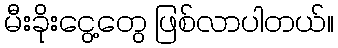
မီးခိုးငွေ့တွေ ဖြစ်လာပါတယ်။